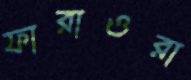
ফারাওরা